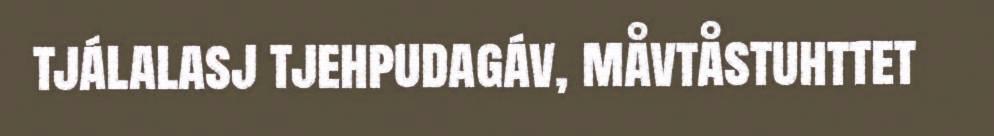
tjálalasj tjehpudagáv, måvtåstuhttet